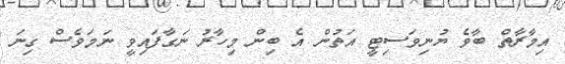
އިމާރާތް ބާވެ ޔުނިވަސިޓީ އަތުން އެ ބިން މިހާރު ނަގާފައިވީ ނަމަވެސް ގިނަ